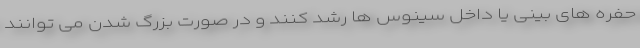
حفره های بینی یا داخل سینوس ها رشد کنند و در صورت بزرگ شدن می توانند